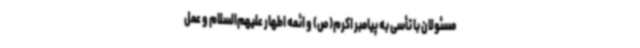
مسئولان با تأسی به پیامبر اکرم(ص) و ائمه اطهار علیهم‌السلام و عمل